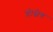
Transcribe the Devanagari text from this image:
होल्वेग